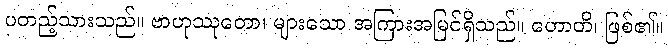
ပတည့်သားသည်။ ဗာဟုဿုတော၊ များသော အကြားအမြင်ရှိသည်။ ဟောတိ၊ ဖြစ်၏။